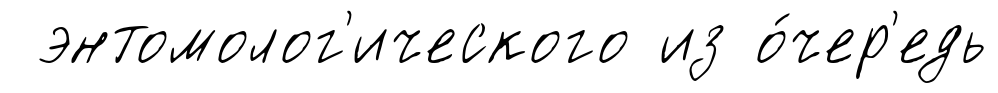
энтомолог'ического из о́чер'едь